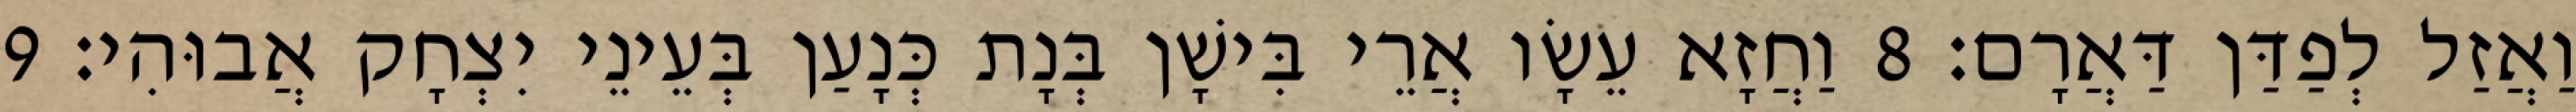
וַאֲזַל לְפַדַּן דַּאֲרָם׃ 8 וַחֲזָא עֵשָׂו אֲרֵי בִּישָׁן בְּנָת כְּנָעַן בְּעֵינֵי יִצְחָק אֲבוּהִי׃ 9